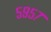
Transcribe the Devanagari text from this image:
५९५७